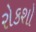
રોકશો